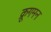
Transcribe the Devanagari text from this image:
क्रूगमन